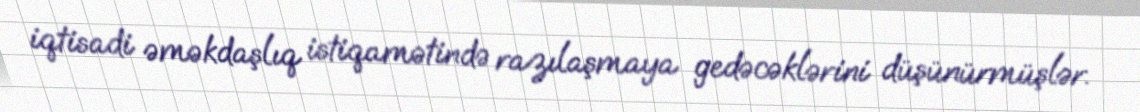
iqtisadi əməkdaşlıq istiqamətində razılaşmaya gedəcəklərini düşünürmüşlər.